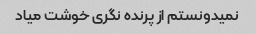
نمیدونستم از پرنده نگری خوشت میاد